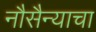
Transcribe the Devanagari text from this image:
नौसैन्याचा